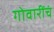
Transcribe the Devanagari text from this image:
गोवारींचं